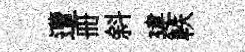
遭册斜建軼